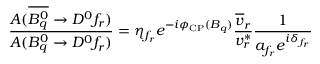
\frac { A ( \overline { { { B _ { q } ^ { 0 } } } } \to D ^ { 0 } f _ { r } ) } { A ( B _ { q } ^ { 0 } \to D ^ { 0 } f _ { r } ) } = \eta _ { f _ { r } } e ^ { - i \phi _ { \mathrm { C P } } ( B _ { q } ) } \frac { \overline { { { v } } } _ { r } } { v _ { r } ^ { \ast } } \frac { 1 } { a _ { f _ { r } } e ^ { i \delta _ { f _ { r } } } }